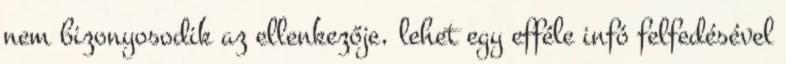
nem bizonyosodik az ellenkezője, lehet egy efféle infó felfedésével